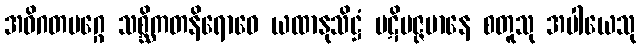
အဓိဂတမဂ္ဂေ သစ္ဆိကတနိရောဓေ ယထာနုသိဋ္ဌံ ပဋိပဇ္ဇမာနေ စတူသု အပါယေသု